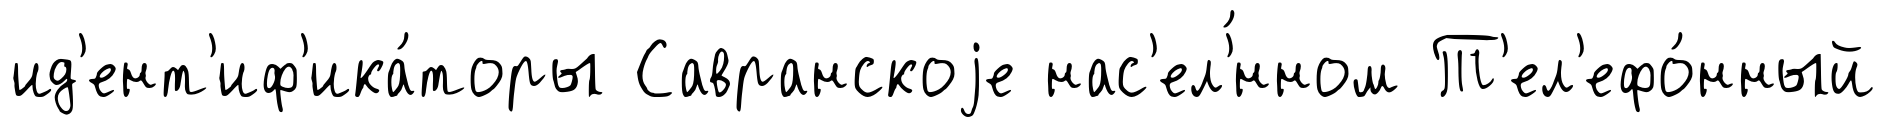
ид'ент'иф'ика́торы Савранскоjе нас'ел'́нном Т'ел'ефо́нный